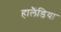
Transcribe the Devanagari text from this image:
हालैंडिया